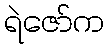
ရဲဇော်က